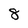
Character: 8